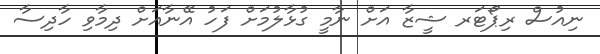
ނިއުސް ރިޕޯޓަރ ޝީޒާ އަށް ނާމީ ގުޅާލުމަށް ފަހު އޭނާއަށް ދިމާވި ހާދިސާ